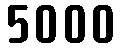
5000